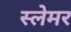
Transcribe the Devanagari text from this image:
स्लेमर